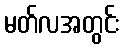
မတ်လအတွင်း